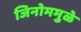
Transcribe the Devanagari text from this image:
जिनोममुळे